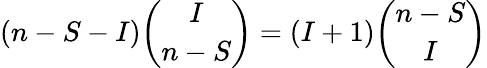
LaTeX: (n-S-I)\binom{I}{n-S}=(I+1)\binom{n-S}{I}